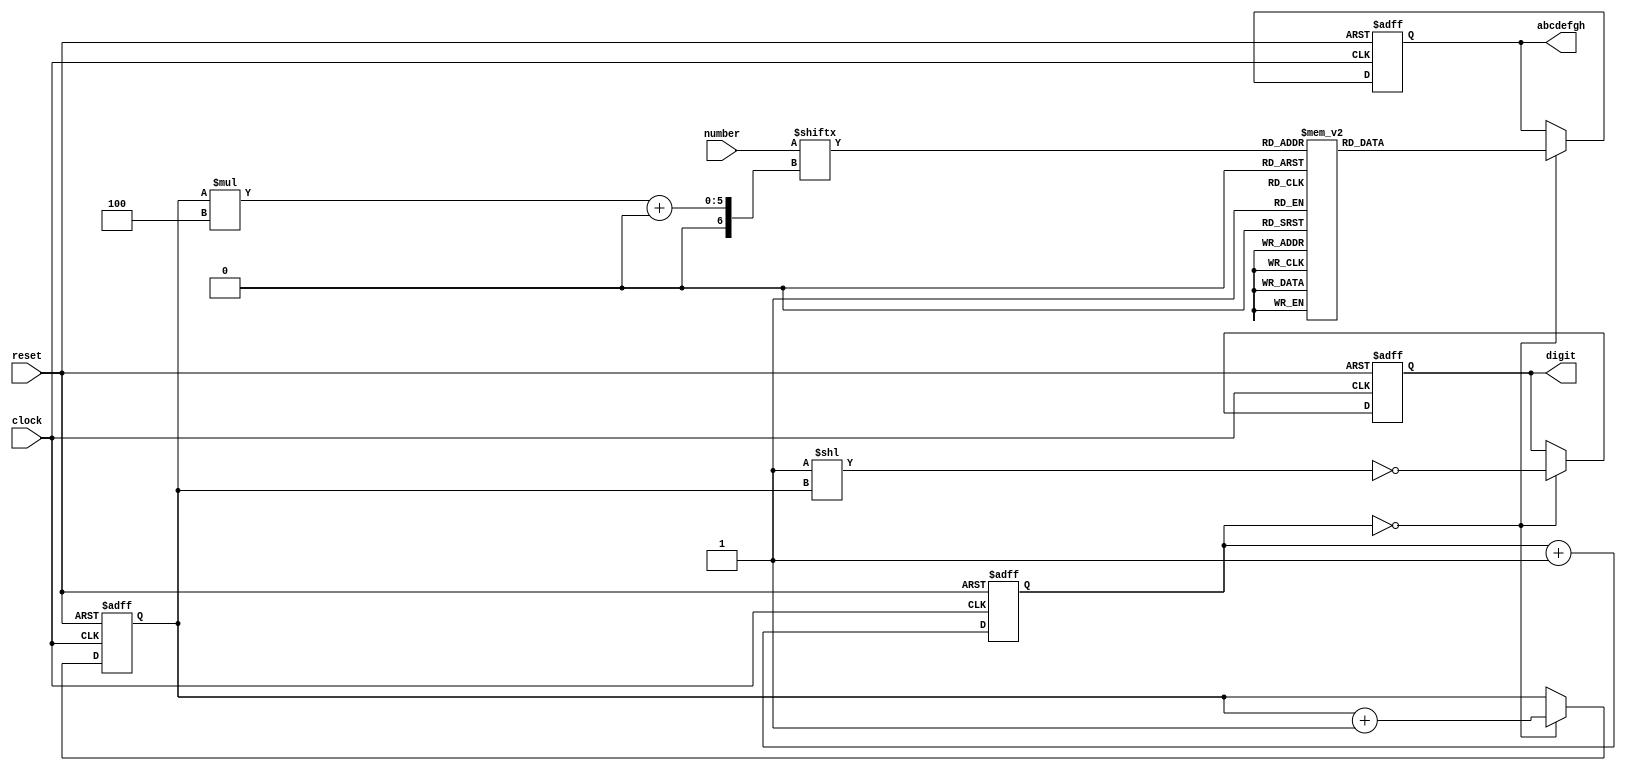
/* ----------------------------------------------- *
 * Title       : Seven segment driver              *
 * Project     :                                   *
 * ----------------------------------------------- *
 * Last Edit   : 28/07/2022                        *
 * ----------------------------------------------- *
 * Description : Dynamical seven segment driver    *
 *               for four tubes                    *
 * ----------------------------------------------- */

module seven_segment_4_digits
(
    input             clock,
    input             reset,
    input      [15:0] number,

    output reg [ 7:0] abcdefgh,
    output reg [ 3:0] digit
);

    function [7:0] bcd_to_seg (input [3:0] bcd);

        case (bcd)

        'h0: bcd_to_seg = 'b00000011;  // a b c d e f g h
        'h1: bcd_to_seg = 'b10011111;
        'h2: bcd_to_seg = 'b00100101;  //   --a--
        'h3: bcd_to_seg = 'b00001101;  //  |     |
        'h4: bcd_to_seg = 'b10011001;  //  f     b
        'h5: bcd_to_seg = 'b01001001;  //  |     |
        'h6: bcd_to_seg = 'b01000001;  //   --g--
        'h7: bcd_to_seg = 'b00011111;  //  |     |
        'h8: bcd_to_seg = 'b00000001;  //  e     c
        'h9: bcd_to_seg = 'b00011001;  //  |     |
        'ha: bcd_to_seg = 'b00010001;  //   --d--  h
        'hb: bcd_to_seg = 'b11000001;
        'hc: bcd_to_seg = 'b01100011;
        'hd: bcd_to_seg = 'b10000101;
        'he: bcd_to_seg = 'b01100001;
        'hf: bcd_to_seg = 'b01110001;

        endcase

    endfunction

    reg [15:0] cnt;

    always @ (posedge clock or posedge reset)
        if (reset)
            cnt <= 16'd0;
        else
            cnt <= cnt + 16'd1;

    reg [1:0] i;

    always @ (posedge clock or posedge reset)
    begin
        if (reset)
        begin
            abcdefgh <=   bcd_to_seg (0);
            digit    <= ~ 4'b1;

            i <= 0;
        end
        else if (cnt == 16'b0)
        begin
            abcdefgh <=   bcd_to_seg (number [i * 4 +: 4]);
            digit    <= ~ (4'b1 << i);

            i <= i + 1;
        end
    end

endmodule